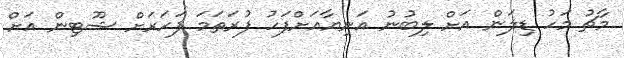
މާޗު މަހު ޑިލަން އަށް ލިބުނު އަނިޔާއަށްފަހު ފުރަތަމަ ފަހަރަށް ޝޫޓިން އަށް